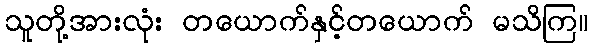
သူတို့အားလုံး တယောက်နှင့်တယောက် မသိကြ။